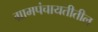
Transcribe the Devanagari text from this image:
ग्रामपंचायतीतील